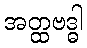
အတ္ထဗဒ္ဓါ